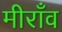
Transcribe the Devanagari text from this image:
मीराँव